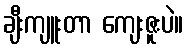
ချီးကျူးတာ ကျေးဇူးပဲ။